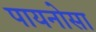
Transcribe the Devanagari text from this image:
पायनोसा